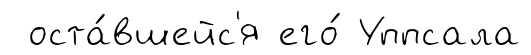
оста́вшейс'я его́ Уппсала